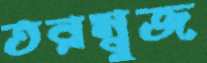
তরম্বুজ